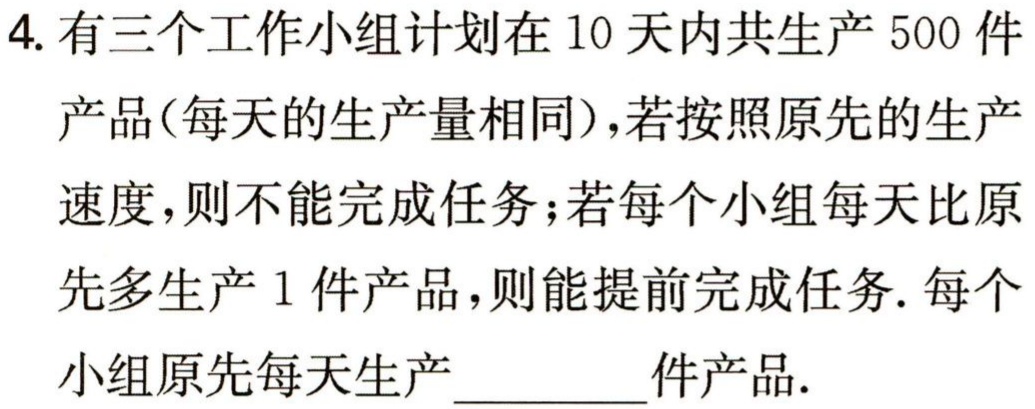
4. 有三个工作小组计划在 10 天内共生产 500 件产品(每天的生产量相同)，若按照原先的生产速度，则不能完成任务；若每个小组每天比原先多生产 1 件产品，则能提前完成任务. 每个小组原先每天生产_________件产品.